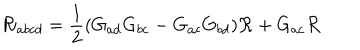
{ \cal R } _ { a b c d } = \frac 1 2 ( G _ { a d } G _ { b c } - G _ { a c } G _ { b d } ) { \cal R } + G _ { a c } { \cal R }